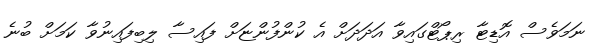
ނަމަވެސް އޮޑިޓާ ރިޕޯޓްގައިވާ އަދަދަށް އެ ކުންފުންޏަށް ފައިސާ ލިބިފައިނުވާ ކަމަށް ބުނެ